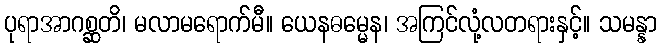
ပုရာအာဂစ္ဆတိ၊ မလာမရောက်မီ။ ယေနဓမ္မေန၊ အကြင်လုံ့လတရားနှင့်။ သမန္နာ